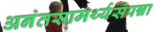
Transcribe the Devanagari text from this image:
अनंतसामर्थ्यसंपन्ना